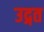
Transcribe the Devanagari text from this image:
उद्गत